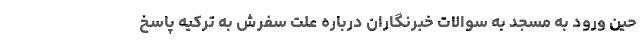
حین ورود به مسجد به سوالات خبرنگاران درباره علت سفرش به ترکیه پاسخ